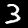
Digit: 3